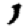
Digit: 1